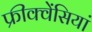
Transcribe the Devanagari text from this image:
फ्रीक्वेंसियां